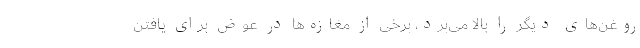
روغن‌های دیگر را بالا می‌برد، برخی از مغازه‌ها در عوض برای یافتن